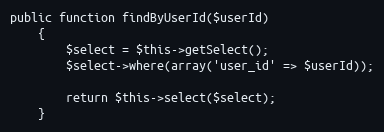
Language: PHP
public function findByUserId($userId)
    {
        $select = $this->getSelect();
        $select->where(array('user_id' => $userId));

        return $this->select($select);
    }